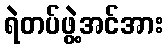
ရဲတပ်ဖွဲ့အင်အား